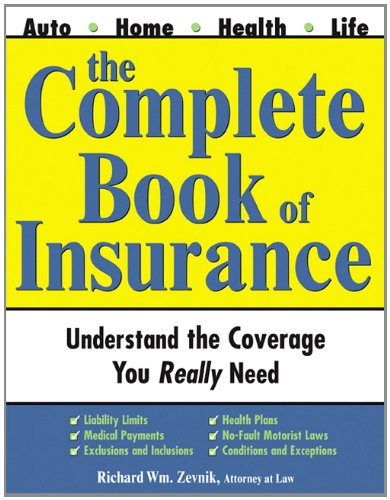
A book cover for The Complete Book of Insurance; Richard Zevnik; Law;